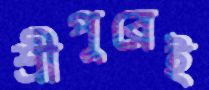
শ্রীপুরেই